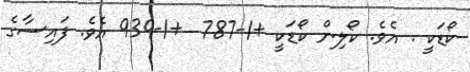
ކޯޑަކީ . އެވެ. ކޯލިން ކޯޑަކީ +1-787  +1-939 އެވެ. ފައިސާގެ